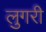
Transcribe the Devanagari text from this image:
लुगरी